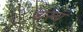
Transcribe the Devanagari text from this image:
वस्ब